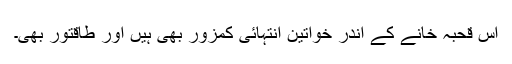
اس قحبہ خانے کے اندر خواتین انتہائی کمزور بھی ہیں اور طاقتور بھی۔